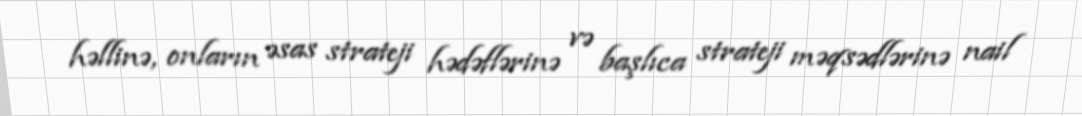
həllinə, onların əsas strateji hədəflərinə və başlıca strateji məqsədlərinə nail